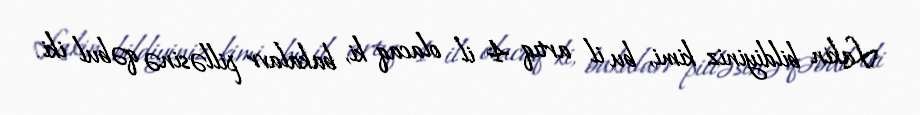
Lakin bildiyiniz kimi, bu il artıq 4 il olacaq ki, bakalavr pilləsinə qəbul iki